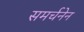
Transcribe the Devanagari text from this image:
समर्चनेन